Indian journal of veterinary science and animal husbandry - Volume 11,
Year: 1941
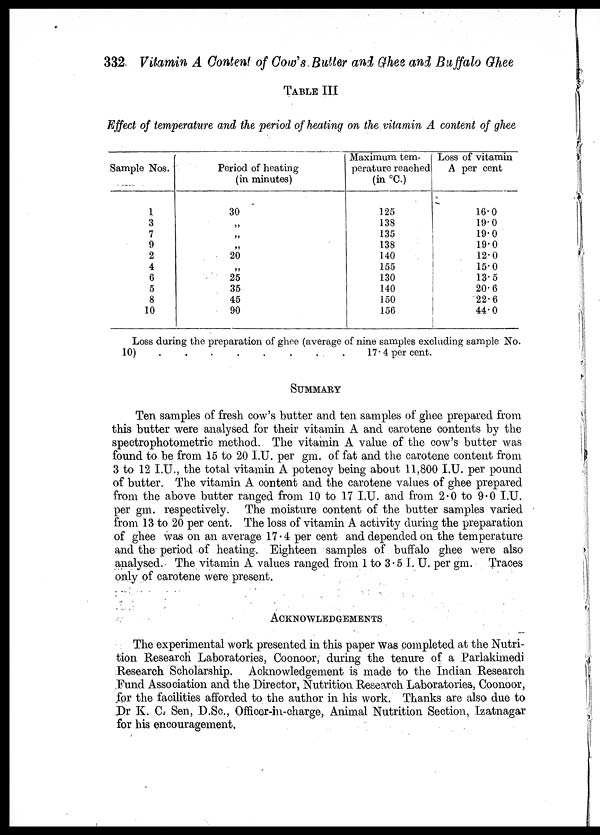
332 Vitamin A Content of Cow's Butter and Ghee and Buffalo Ghee
TABLE III
Effect of temperature and the period of heating on the vitamin A content of ghee
Sample Nos.
1
3
7
9
2
4
6
5
8
10
Period of heating
(in minutes)
30
„
„
„
20
„
25
35
45
90
Maximum tem-
perature reached
(in °C.)
125
138
135
138
140
155
130
140
150
156
Loss of vitamin
A per cent
16.0
19.0
19.0
19.0
12.0
15.0
13.5
20.6
22.6
44.0
Loss during the preparation of ghee (average of nine samples excluding sample No.
10)
.
.
.
.
.
.
.
.
17.4 per cent.
SUMMARY
Ten samples of fresh cow's butter and ten samples of ghee prepared from
this butter were analysed for their vitamin A and carotene contents by the
spectrophotometric method. The vitamin A value of the cow's butter was
found to be from 15 to 20 I.U. per gm. of fat and the carotene content from
3 to 12 I.U., the total vitamin A potency being about 11,800 I.U. per pound
of butter. The vitamin A content and the carotene values of ghee prepared
from the above butter ranged from 10 to 17 I.U. and from 2.0 to 9.0 I.U.
per gm. respectively. The moisture content of the butter samples varied
from 13 to 20 per cent. The loss of vitamin A activity during the preparation
of ghee was on an average 17.4 per cent and depended on the temperature
and the period of heating. Eighteen samples of buffalo ghee were also
analysed. The vitamin A values ranged from 1 to 3. 5 I. U. per gm. Traces
only of carotene were present.
ACKNOWLEDGEMENTS
The experimental work presented in this paper was completed at the Nutri-
tion Research Laboratories, Coonoor, during the tenure of a Parlakimedi
Research Scholarship. Acknowledgement is made to the Indian Research
Fund Association and the Director, Nutrition Research Laboratories, Coonoor,
for the facilities afforded to the author in his work. Thanks are also due to
Dr K. C. Sen, D.Sc., Officer-in-charge, Animal Nutrition Section, Izatnagar
for his encouragement,